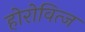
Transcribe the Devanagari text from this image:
होरोवित्ज